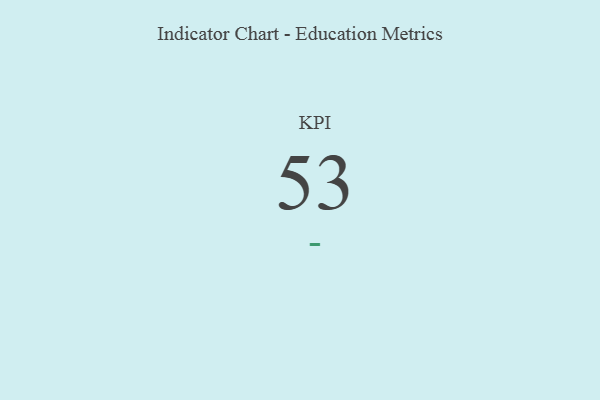
{"axis": {"x": "KPI", "y": "Value"}, "legend": [""], "data": [{"x": "KPI", "y": 53, "type": ""}]}